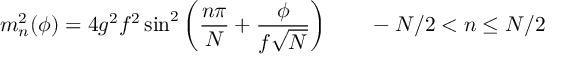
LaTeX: m _ { n } ^ { 2 } ( \phi ) = 4 g ^ { 2 } f ^ { 2 } \sin ^ { 2 } \left( \frac { n \pi } { N } + \frac { \phi } { f \sqrt { N } } \right) \qquad - N / 2 < n \leq N / 2